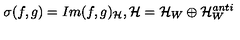
\sigma ( f , g ) = I m ( f , g ) _ { \cal H } , { \cal H } = { \cal H } _ { W } \oplus { \cal H } _ { W } ^ { a n t i }